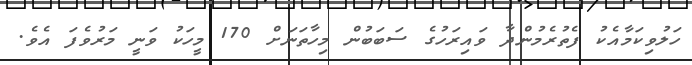
ހަލުވިކަމާއެކު ފެތުރެމުންދާ ވައިރަހުގެ ސަބަބުން މިހާތަނަށް 170 މީހަކު ވަނީ މަރުވެފަ އެވެ.